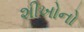
શીખોનો